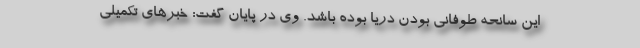
این سانحه طوفانی بودن دریا بوده باشد. وی در پایان گفت: خبرهای تکمیلی